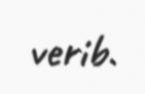
verib.